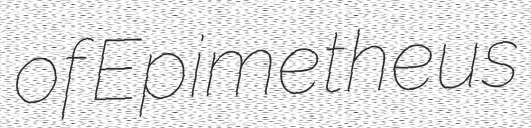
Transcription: of Epimetheus